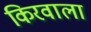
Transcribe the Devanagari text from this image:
किरवाला